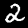
Label: 2